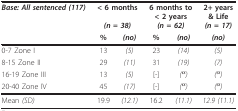
<table><thead><tr><td><b><i>Base: All sentenced (117)</i></b></td><td colspan="2"><b>&lt; 6 months<i>(n = 38)</i></b></td><td colspan="2"><b>6 months to&lt; 2 years<i>(n = 62)</i></b></td><td><b>2+ years&amp; Life<i>(n = 17)</i></b></td></tr><tr><td></td><td><b>%</b></td><td><b><i>(no)</i></b></td><td><b>%</b></td><td><b><i>(no)</i></b></td><td><b><i>(no)</i></b></td></tr></thead><tbody><tr><td>0-7 Zone I</td><td>13</td><td><i>(5)</i></td><td>23</td><td><i>(14)</i></td><td><i>(5)</i></td></tr><tr><td>8-15 Zone II</td><td>29</td><td><i>(11)</i></td><td>31</td><td><i>(19)</i></td><td><i>(7)</i></td></tr><tr><td>16-19 Zone III</td><td>13</td><td><i>(5)</i></td><td>[-]</td><td><i>(<sup>α</sup>)</i></td><td><i>(<sup>α</sup>)</i></td></tr><tr><td>20-40 Zone IV</td><td>45</td><td><i>(17)</i></td><td>[-]</td><td><i>(<sup>α</sup>)</i></td><td><i>(<sup>α</sup>)</i></td></tr><tr><td>Mean <i>(SD)</i></td><td>19.9</td><td><i>(12.1)</i></td><td>16.2</td><td><i>(11.1)</i></td><td><i>12.9 (11.1)</i></td></tr></tbody></table>